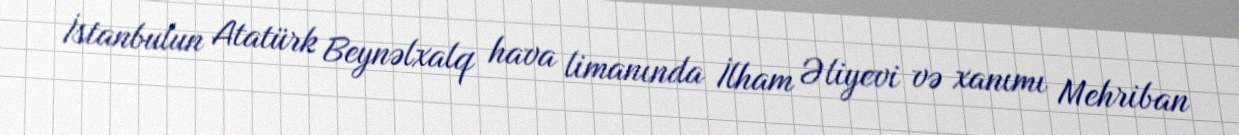
İstanbulun Atatürk Beynəlxalq hava limanında İlham Əliyevi və xanımı Mehriban